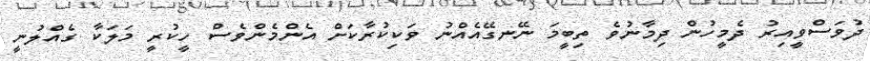
ދުވަސްވީއިރު ދެމީހުން ދިމާނުވެ ތިބީމަ ނޭނގޭއެއްނު ވަކިކުރާކަށް އެންމެންވެސް ހީކުރީ މަލަކާ ގެއްލުނީ